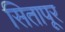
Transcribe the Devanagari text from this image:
सितापूर